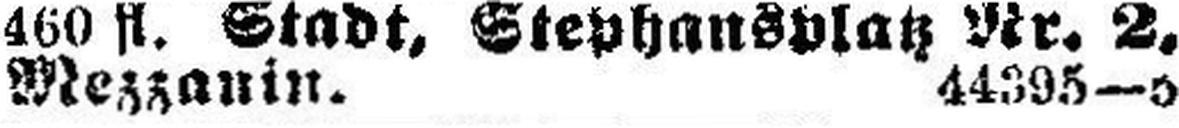
Mezzanin. 44395—5